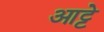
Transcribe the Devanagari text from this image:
आट्टे